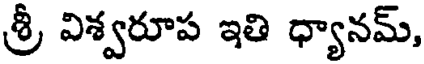
శ్రీ విశ్వరూప ఇతి ధ్యానమ్,